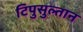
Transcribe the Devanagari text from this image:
टिपुसुल्तान